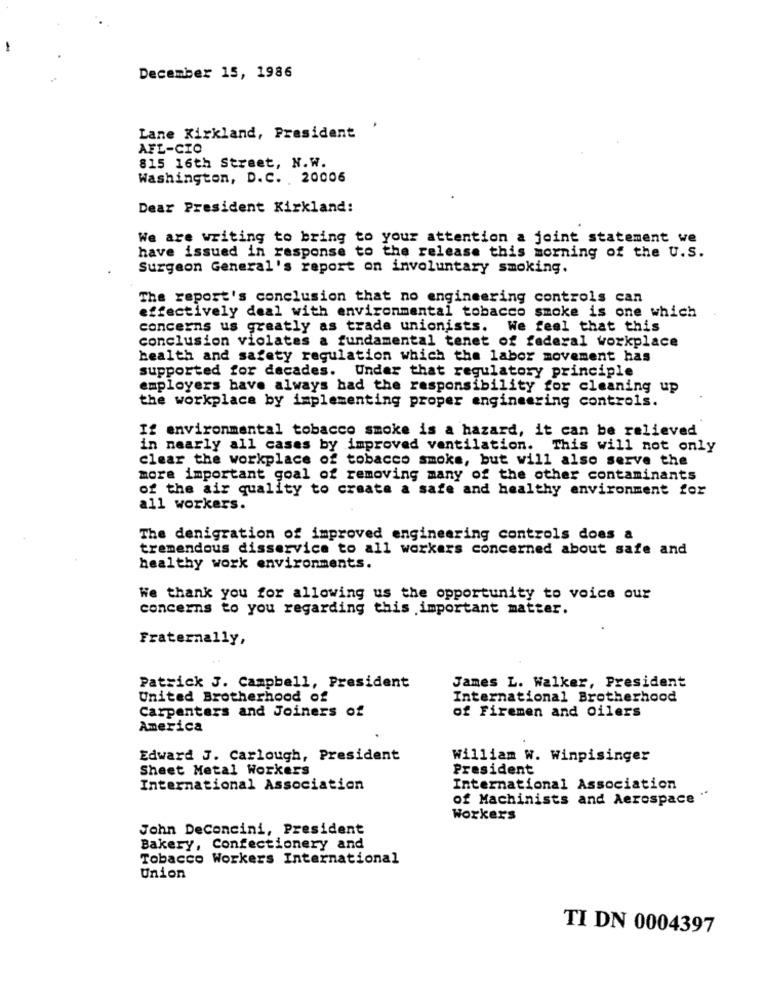
December 15, 1986
Lane Kirkland, President
AFL-CIO
815 16th Street, N.W.
Washington, D.C. 20006
Dear President Kirkland:
We are writing to bring to your attention a joint statement we
have issued in response to the release this morning of the U.S.
Surgeon General's report on involuntary smoking.
The report's conclusion that no engineering controls can
effectively deal with environmental tobacco smoke is one which
concerns us greatly as trade unionists. We feel that this
conclusion violates a fundamental tenet of federal workplace
health and safety regulation which the labor movement has
supported for decades. Under that regulatory principle
employers have always had the responsibility for cleaning up
the workplace by implementing proper engineering controls.
If environmental tobacco smoke is a hazard, it can be relieved
in nearly all cases by improved ventilation. This will not only
clear the workplace of tobacco smoke, but will also serve the
more important goal of removing many of the other contaminants
of the air quality to create a safe and healthy environment for
all workers.
The denigration of improved engineering controls does a
tremendous disservice to all workers concerned about safe and
healthy work environments.
We thank you for allowing us the opportunity to voice our
concerns to you regarding this important matter.
Fraternally,
James L. Walker, President
Patrick J. Campbell, President
United Brotherhood of
International Brotherhood
Carpenters and Joiners of
of Firemen and Oilers
America
Edward J. Carlough, President
William W. Winpisinger
Sheet Metal Workers
President
International Association
International Association
of Machinists and Aerospace "
Workers
John DeConcini, President
Bakery, Confectionery and
Tobacco Workers International
Union
TI DN 0004397